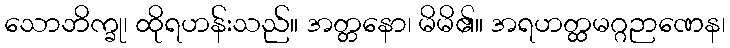
သောဘိက္ခု၊ ထိုရဟန်းသည်။ အတ္တနော၊ မိမိ၏။ အရဟတ္ထမဂ္ဂဉာဏေန၊